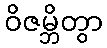
ဝိဇမ္ဘိတွာ